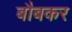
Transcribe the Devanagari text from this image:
बौबकर